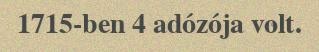
1715-ben 4 adózója volt.